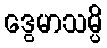
ဒွေမာသမ္ပိ